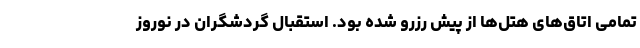
تمامی اتاق‌های هتل‌ها از پیش رزرو شده بود. استقبال گردشگران در نوروز